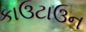
કાઉટાઉન